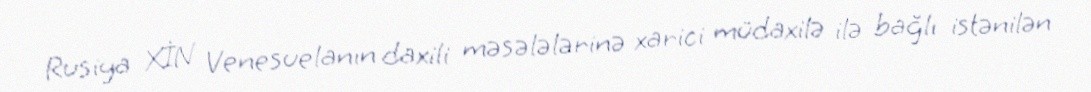
Rusiya XİN Venesuelanın daxili məsələlərinə xarici müdaxilə ilə bağlı istənilən